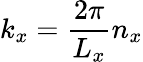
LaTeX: k_{x}=\frac{2\pi}{L_{x}}n_{x}